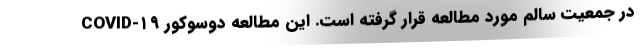
COVID-۱۹ در جمعیت سالم مورد مطالعه قرار گرفته است. این مطالعه دوسوکور